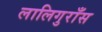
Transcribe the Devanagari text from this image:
लालिगुराँस